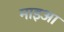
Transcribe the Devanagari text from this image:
माइआ